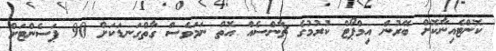
ކޮންޓެއިނާކޮށް ބޭރުން އިމްޕޯޓް ކުރުމުގެ ޗާންސެއް އޮތް ނަމަވެސް ގާތްގަނޑަކަށް 90 ޕަސެންޓަށް